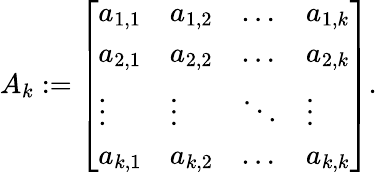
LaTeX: A_{k}:={\left[\begin{array}{llll}{a_{1,1}}&{a_{1,2}}&{\dots}&{a_{1,k}}\\ {a_{2,1}}&{a_{2,2}}&{\dots}&{a_{2,k}}\\ {\vdots}&{\vdots}&{\ddots}&{\vdots}\\ {a_{k,1}}&{a_{k,2}}&{\dots}&{a_{k,k}}\end{array}\right]}.